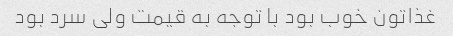
غذاتون خوب بود با توجه به قیمت ولی سرد بود